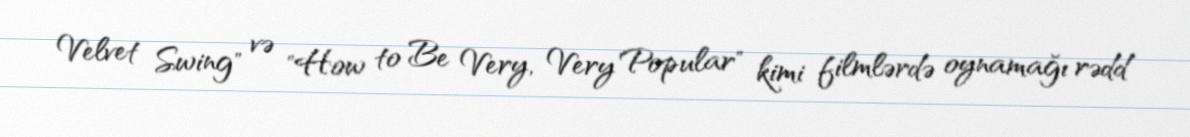
Velvet Swing" və "How to Be Very, Very Popular" kimi filmlərdə oynamağı rədd